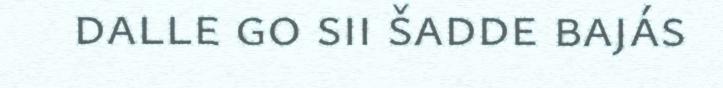
dalle go sii šadde bajás